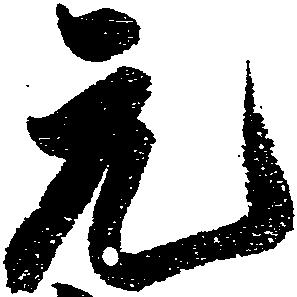
元